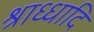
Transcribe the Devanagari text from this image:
श्राध्धादि